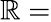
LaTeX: \mathbb{R}=